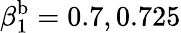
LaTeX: \beta_{1}^{\mathrm{b}}=0.7,0.725